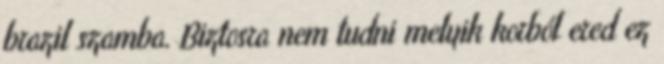
brazil szamba. Biztosra nem tudni melyik korból ered ez